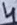
Text: 4